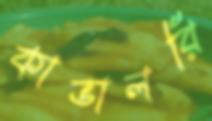
কাভালরি